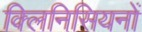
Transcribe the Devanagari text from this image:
क्लिनिसियनों